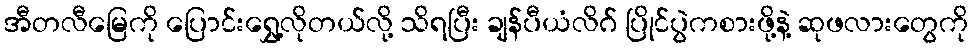
အီတလီမြေကို ပြောင်းရွှေ့လိုတယ်လို့ သိရပြီး ချန်ပီယံလိဂ် ပြိုင်ပွဲကစားဖို့နဲ့ ဆုဖလားတွေကို